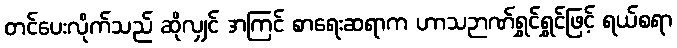
တင်ပေးလိုက်သည် ဆိုလျှင် အကြင် စာရေးဆရာက ဟာသဉာဏ်ရွှင်ရွှင်ဖြင့် ရယ်စရာ